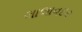
લાલાવદર